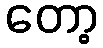
တော့